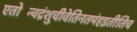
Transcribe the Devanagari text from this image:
एतोन्विंद्रंशुचीवेतिनतमंहइतीतिच